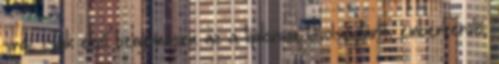
srác csak első benyomásra az a tipikusan távolságtartó, emberkerülő,